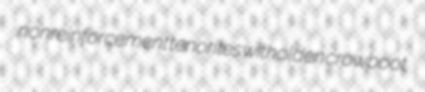
nonreinforcement tenorites witholden crowboot